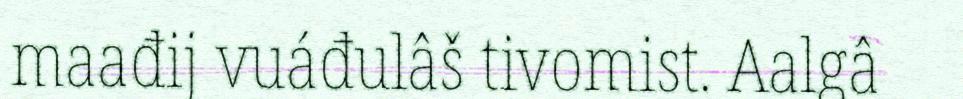
maađij vuáđulâš tivomist. Aalgâ